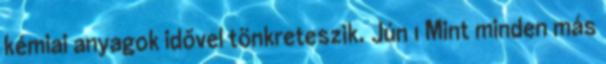
kémiai anyagok idővel tönkreteszik. Jún 1 Mint minden más